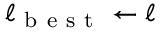
\ell _ { \mathrm { ~ b ~ e ~ s ~ t ~ } } \gets \ell